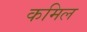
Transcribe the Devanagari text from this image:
कमिल